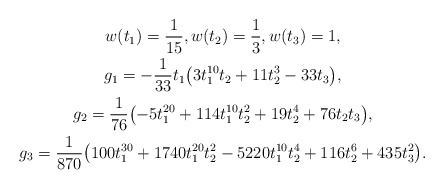
LaTeX: \begin{gather*}w(t_1)=\frac{1}{15},w(t_2)=\frac{1}{3},w(t_3)=1,\\g_1 = -\frac{1}{33}t_1\big(3t_1^{10}t_2 + 11t_2^3 - 33t_3\big),\\g_2 = \frac{1}{76}\big({-}5t_1^{20} + 114t_1^{10}t_2^2 + 19t_2^4 + 76t_2t_3\big), \\g_3 = \frac{1}{870}\big(100t_1^{30} + 1740t_1^{20}t_2^2 - 5220t_1^{10}t_2^4 + 116t_2^6 + 435t_3^2\big).\end{gather*}